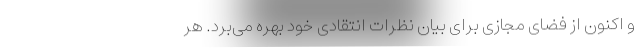
و اکنون از فضا‌ی مجازی برای بیان نظرات انتقادی خود بهره می‌برد. هر